Leaving Certificate Examination, 1916
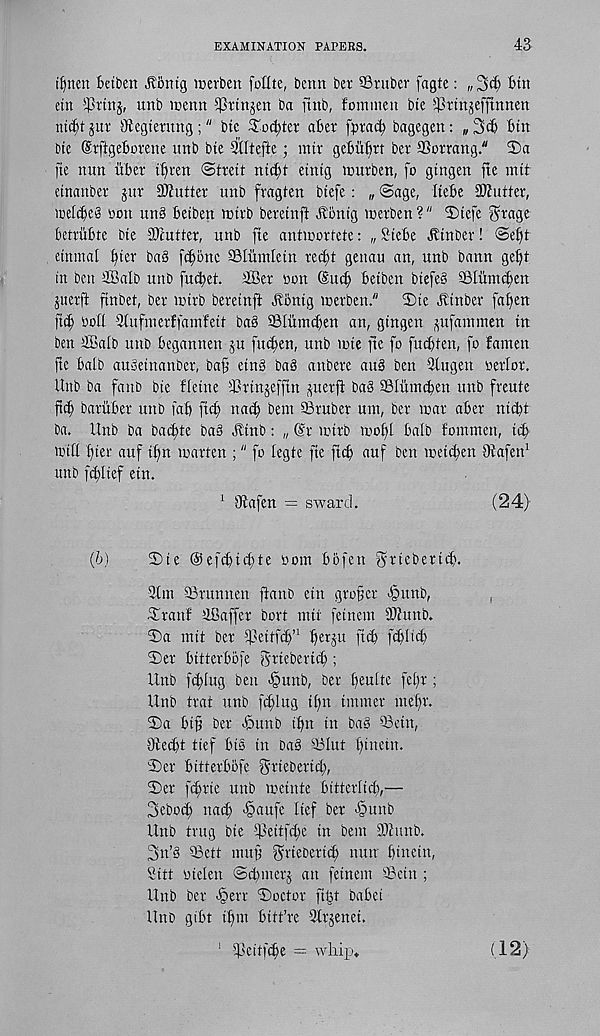
EXAMINATION PAPERS.
43
betben Jlbntg merben fotlte, berm ber ©ruber fagte: „3c^ bin
etn SPrtuj, unb menu ^Prtnjen ba [tub, fommen bte ©rtnjefftnnen
nicbt jur ©egterung;" btc ^oc^ter aber fprai^ bagegen: „ 3ib bin
Die Srftgeborene unb bie 3tltefte; mir gebiifirt ber ©orrang." T>a
fie nun iiber ifiren ©treit nid;t eintg aurben, fo gingen fie mit
etnanber jur Shutter unb fragten biefe: „ ©age, Itebe Shutter,
icelibcg Don unS beiben mirb bereinft Jlonig nxrben ?" 2)iefe forage
betriibte bie STmtter, unb fie antioortete: „ Siebe ^inber! ©e^t
einmal i)ier ba3 fc|bnc ©lurnletn rei^t genau an, unb bann getft
in ben £Balb unb fu^et. ilBer Don (Sucf) beiben biefe§ ©liimcfen
juerft finbet, ber mirb bereinft Jlbnig merben."
2)ie Jtinber fafen
fief Doll Qtufni erf fa inf eit ba§ ©liimcben an, gingen ^ufammen in
ben ®alb unb begannen ju fuefen, unb mie fie fo fueften, fo famen
fte baib auSeinanber, baf etn§ ba§ anbere arm ben Qlugen Derlor.
Unb ba fanb bie fleine ©rinjeffin perft bag SSIumcben unb freute
fi($ baruber unb fab fief na<b bem ©ruber um, ber mar aber nicbt
ba. Unb ba baebte bag ^inb: „ @r mirb moffl baib fomnten, rib
miff fier auf ifn marten ;" fo legte fie jtcb auf ben meicben Otafen 1
unb fblief etn.
1 Otafen = sward.
(24)
(b)
©ie ©efcbicfte Dom bbfen g^'ieberiib.
3tm ©runneu ftanb ein grofer epunb,
,
Siranf iBaffer bort mit fetnem ©tunb.
©a mit ber tpeitfeb’ 1 b«5 u fi<b ftbltcb
3)er bitterbbfe gUeberici);
Unb febiug ben <§unb, ber beulte fefr ;
Unb trat unb fc^lug ifn tmmer mebv.
2)a btf ber -Smnb ibn in bag ©ein,
Otecbt tief bis in Dag ©lut biucin.
2)
er bitterbbfe grt
3)
er febrie unb m
3ebocb nacb ^aufe lief ber >§uub
Unb trug bie ijdeitfcbe in bem SOtunb.
3n’g ©ett mufj griebertcb nun bitmin,
Bitt Dielen ©cbmerj an fetnem ©ein ;
Unb ber fberr ©octor filjt babei
Unb gibt ibm bitt’re Otrjenei.
] ©eitfebe = whip*
(12)